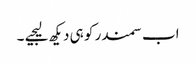
اب سمندر کو ہی دیکھ لیجیے ۔